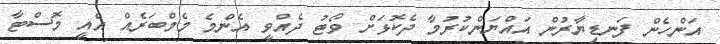
އަންހެން ފަނޑިޔާރުން އައްޔަންކުރުމާ ދެކޮޅަށް ވޯޓު ދެއްވީ އެންމެ މެމްބަރެއް އެއީ މޮސްޓާ